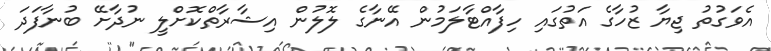
އެވަގުތު ޖިޔާ ޒުހާގެ އަތުގައި ހިފާއްޓާލަމުން އޭނާގެ ލޮލުން އިޝާރާތްކޮށްލީ ނުދާށޭ ބުނާފަދަ